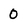
Character: 0